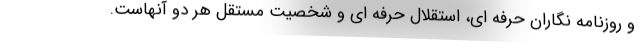
و روزنامه نگاران حرفه ای، استقلال حرفه ای و شخصیت مستقل هر دو آنهاست.